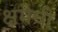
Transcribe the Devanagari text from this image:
क्षमेची